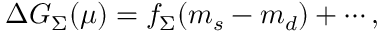
\Delta G _ { \Sigma } ( \mu ) = f _ { \Sigma } ( m _ { s } - m _ { d } ) + \cdots ,